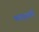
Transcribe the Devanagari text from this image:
पायर्‍यांनी